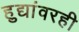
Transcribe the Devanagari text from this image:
हुद्यांवरही